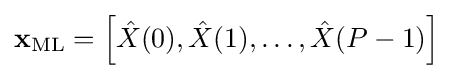
\mathbf {x} _{\mathrm {ML} }=\left[{\hat {X}}(0),{\hat {X}}(1),\dots ,{\hat {X}}(P-1)\right]